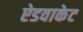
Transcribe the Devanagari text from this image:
ऐडवाकेट